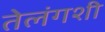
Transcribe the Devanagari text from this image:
तेलंगशी